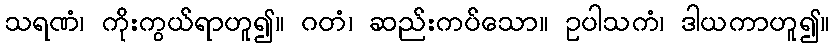
သရဏံ၊ ကိုးကွယ်ရာဟူ၍။ ဂတံ၊ ဆည်းကပ်သော။ ဥပါသကံ၊ ဒါယကာဟူ၍။